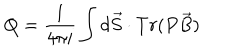
Q = \frac { 1 } { 4 \pi i } \int d \vec { S } \cdot T r ( P \vec { B } )